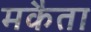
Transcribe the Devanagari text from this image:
मकैता